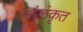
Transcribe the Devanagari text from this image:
संलंकृत